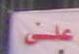
على